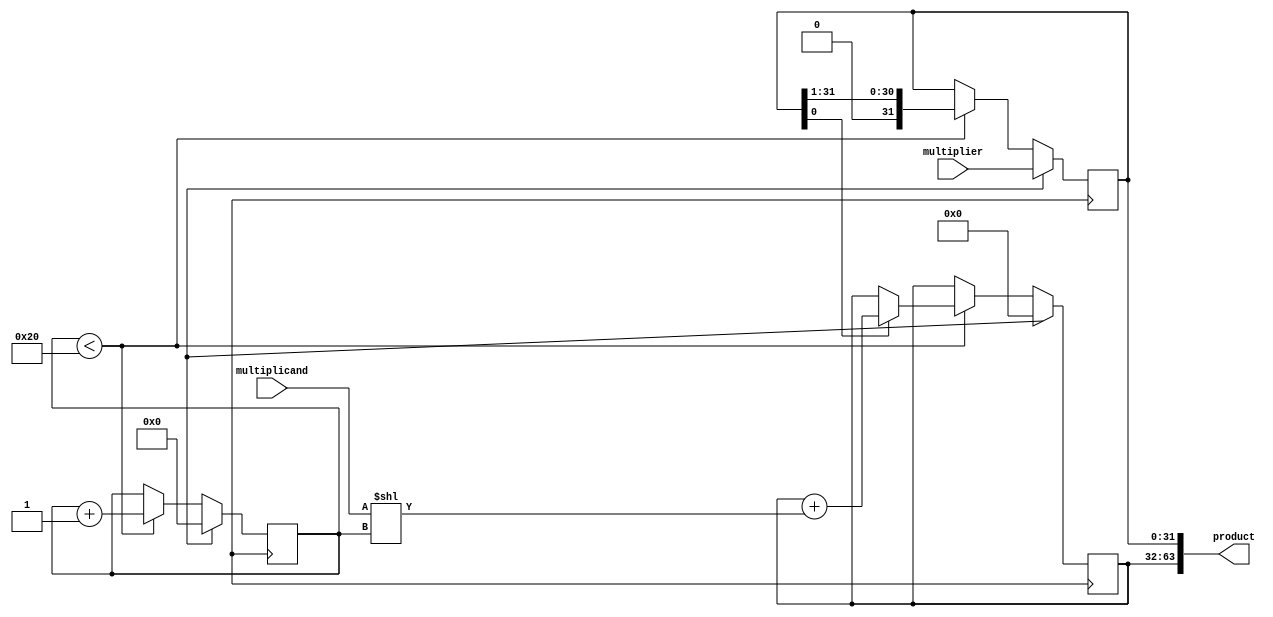
module unsigned_multiplier (
  input [31:0] multiplicand,
  input [31:0] multiplier,
  output [63:0] product
);

  reg [31:0] accumulator;
  reg [31:0] multiplier_reg;
  reg [5:0] shift_counter;
  
  always @ (posedge clk) begin
    if (reset) begin
      accumulator <= 0;
      multiplier_reg <= multiplier;
      shift_counter <= 0;
    end else begin
      if (shift_counter < 32) begin
        if (multiplier_reg[0] == 1) begin
          accumulator <= accumulator + (multiplicand << shift_counter);
        end
        multiplier_reg <= multiplier_reg >> 1;
        shift_counter <= shift_counter + 1;
      end
    end
  end
  
  assign product = {accumulator, multiplier_reg};
  
endmodule